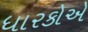
ધારકોએ